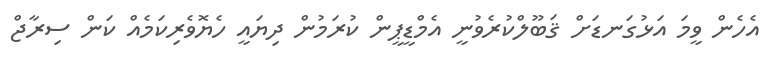
އެހެން ވީމަ އަޅުގަނޑަށް ޤަބޫލްކުރެވުނީ އެމްޑީޕީން ކުރަމުން ދިޔައީ ހެޔޮވެރިކަމެއް ކަން ސިރާޖް